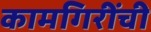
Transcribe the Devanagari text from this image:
कामगिरींची